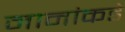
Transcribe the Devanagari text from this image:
नानांकडे